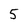
Character: 5